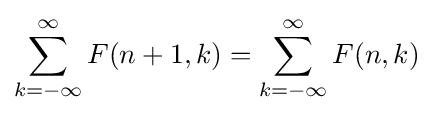
\sum _{k=-\infty }^{\infty }F(n+1,k)=\sum _{k=-\infty }^{\infty }F(n,k)